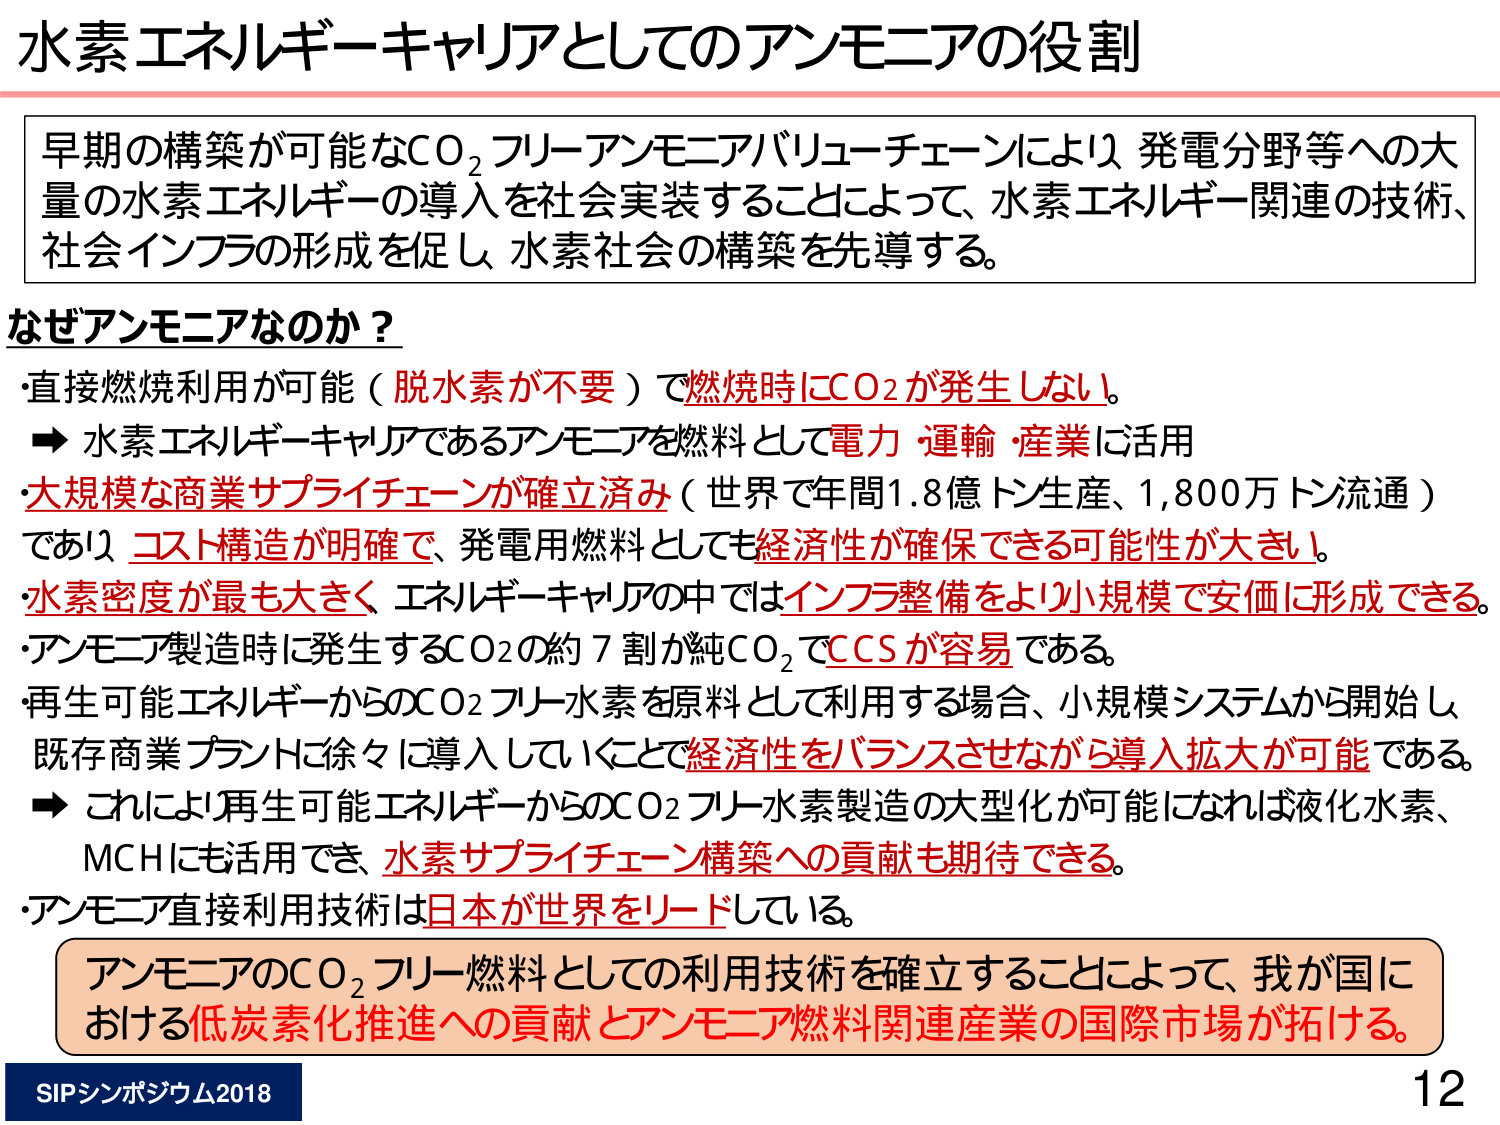
水素エネルギー キャリアとしてのアンモニアの役割

早期の構築が可能なCO₂フリーアンモニアバリューチェーンにより、発電分野等への大量の水素エネルギーの導入を社会実装することによって、水素エネルギー関連の技術、社会インフラの形成を促し、水素社会の構築を先導する。

なぜアンモニアなのか？

・直接燃焼利用が可能（脱水素が不要）で燃焼時にCO₂が発生しない。
→ 水素エネルギーキャリアであるアンモニアを燃料として電力・運輸・産業に活用

・大規模な商業サプライチェーンが確立済み（世界で年間1.8億トン生産、1,800万トン流通）であり、コスト構造が明確で、発電用燃料としても経済性が確保できる可能性が大きい。

・水素密度が最も大きく、エネルギーキャリアの中ではインフラ整備をより小規模で安価に形成できる。

・アンモニア製造時に発生するCO₂の約7割が純CO₂でCCSが容易である。

・再生可能エネルギーからのCO₂フリー水素を原料として利用する場合、小規模システムから開始し、既存商業プラントに徐々に導入していくことで経済性をバランスさせながら導入拡大が可能である。
→ これにより再生可能エネルギーからのCO₂フリー水素製造の大型化が可能になれば液化水素、MCHにも活用でき、水素サプライチェーン構築への貢献も期待できる。

・アンモニア直接利用技術は日本が世界をリードしている。

アンモニアのCO₂フリー燃料としての利用技術を確立することによって、我が国における低炭素化推進への貢献とアンモニア燃料関連産業の国際市場が拓ける。

SIPシンポジウム2018
12